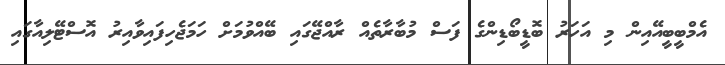
އެމްބީބީއޭއިން މި އަހަރު ބޮޑީބޯޑިންގެ ފަސް މުބާރާތެއް ރާއްޖޭގައި ބޭއްވުމަށް ހަމަޖެހިފައިވާއިރު އޮސްޓޭލިއާގައި